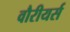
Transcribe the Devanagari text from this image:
वौरीयर्स